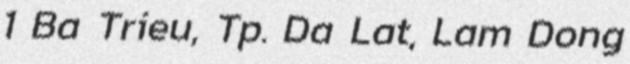
1 Ba Trieu, Tp. Da Lat, Lam Dong